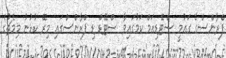
ފްރާންސްގެ ގައުމީ ސްޓޭޑިއަމް ކަމުގައިވާ ސްޓޭޑް ޑި ފްރާންސްގައި މިރޭ ކުޅުނު މިމެޗުގެ